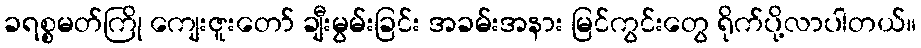
ခရစ္စမတ်ကြို ကျေးဇူးတော် ချီးမွမ်းခြင်း အခမ်းအနား မြင်ကွင်းတွေ ရိုက်ပို့လာပါတယ်။